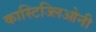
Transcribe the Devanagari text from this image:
कास्टिज्लिओनी